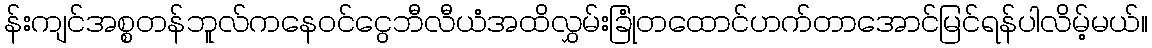
န်းကျင်အစ္စတန်ဘူလ်ကနေဝင်ငွေဘီလီယံအထိလွှမ်းခြုံတထောင်ဟက်တာအောင်မြင်ရန်ပါလိမ့်မယ်။